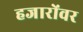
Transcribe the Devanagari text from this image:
हजारोंवर